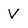
Character: V